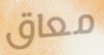
معاق